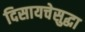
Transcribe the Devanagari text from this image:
दिसायचेसुद्धा